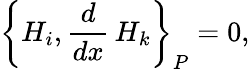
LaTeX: \left\{ H_{i},\frac{d}{dx}\, H_{k}\right\} _{P}=0,